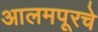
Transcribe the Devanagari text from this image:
आलमपूरचे